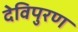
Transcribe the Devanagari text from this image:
देविपुरण